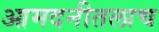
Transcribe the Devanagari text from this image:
आमदनीतलाच